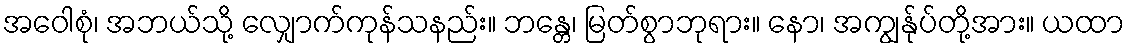
အဝေါစုံ၊ အဘယ်သို့ လျှောက်ကုန်သနည်း။ ဘန္တေ၊ မြတ်စွာဘုရား။ နော၊ အကျွန်ုပ်တို့အား။ ယထာ